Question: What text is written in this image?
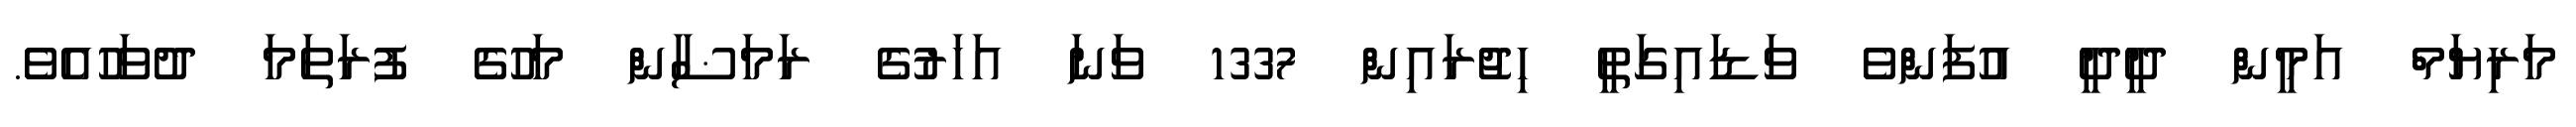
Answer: މަރިޔަމް އަމީން ދީދީ އުފަންވެ ވަޑައިގަތީ ހިޖުރައިން 1337 ވަނަ އަހަރުގެ ރަމަޟާން މަހުގެ ފުރަތަމަ ދުވަހުއެވެ.